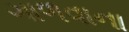
ગાળવાના